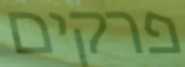
פרקים